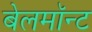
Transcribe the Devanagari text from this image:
बेलमॉन्ट